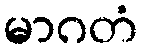
မာဂတံ